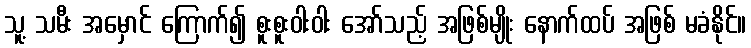
သူ့ သမီး အမှောင် ကြောက်၍ စူးစူးဝါးဝါး အော်သည့် အဖြစ်မျိုး နောက်ထပ် အဖြစ် မခံနိုင်။